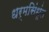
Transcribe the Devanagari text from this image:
धर्मसिंधूंत